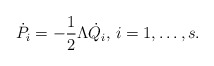
\begin{align*}\dot P_i =- \frac{1}{2}\Lambda \dot Q_i, \, i=1,\ldots,s.\end{align*}